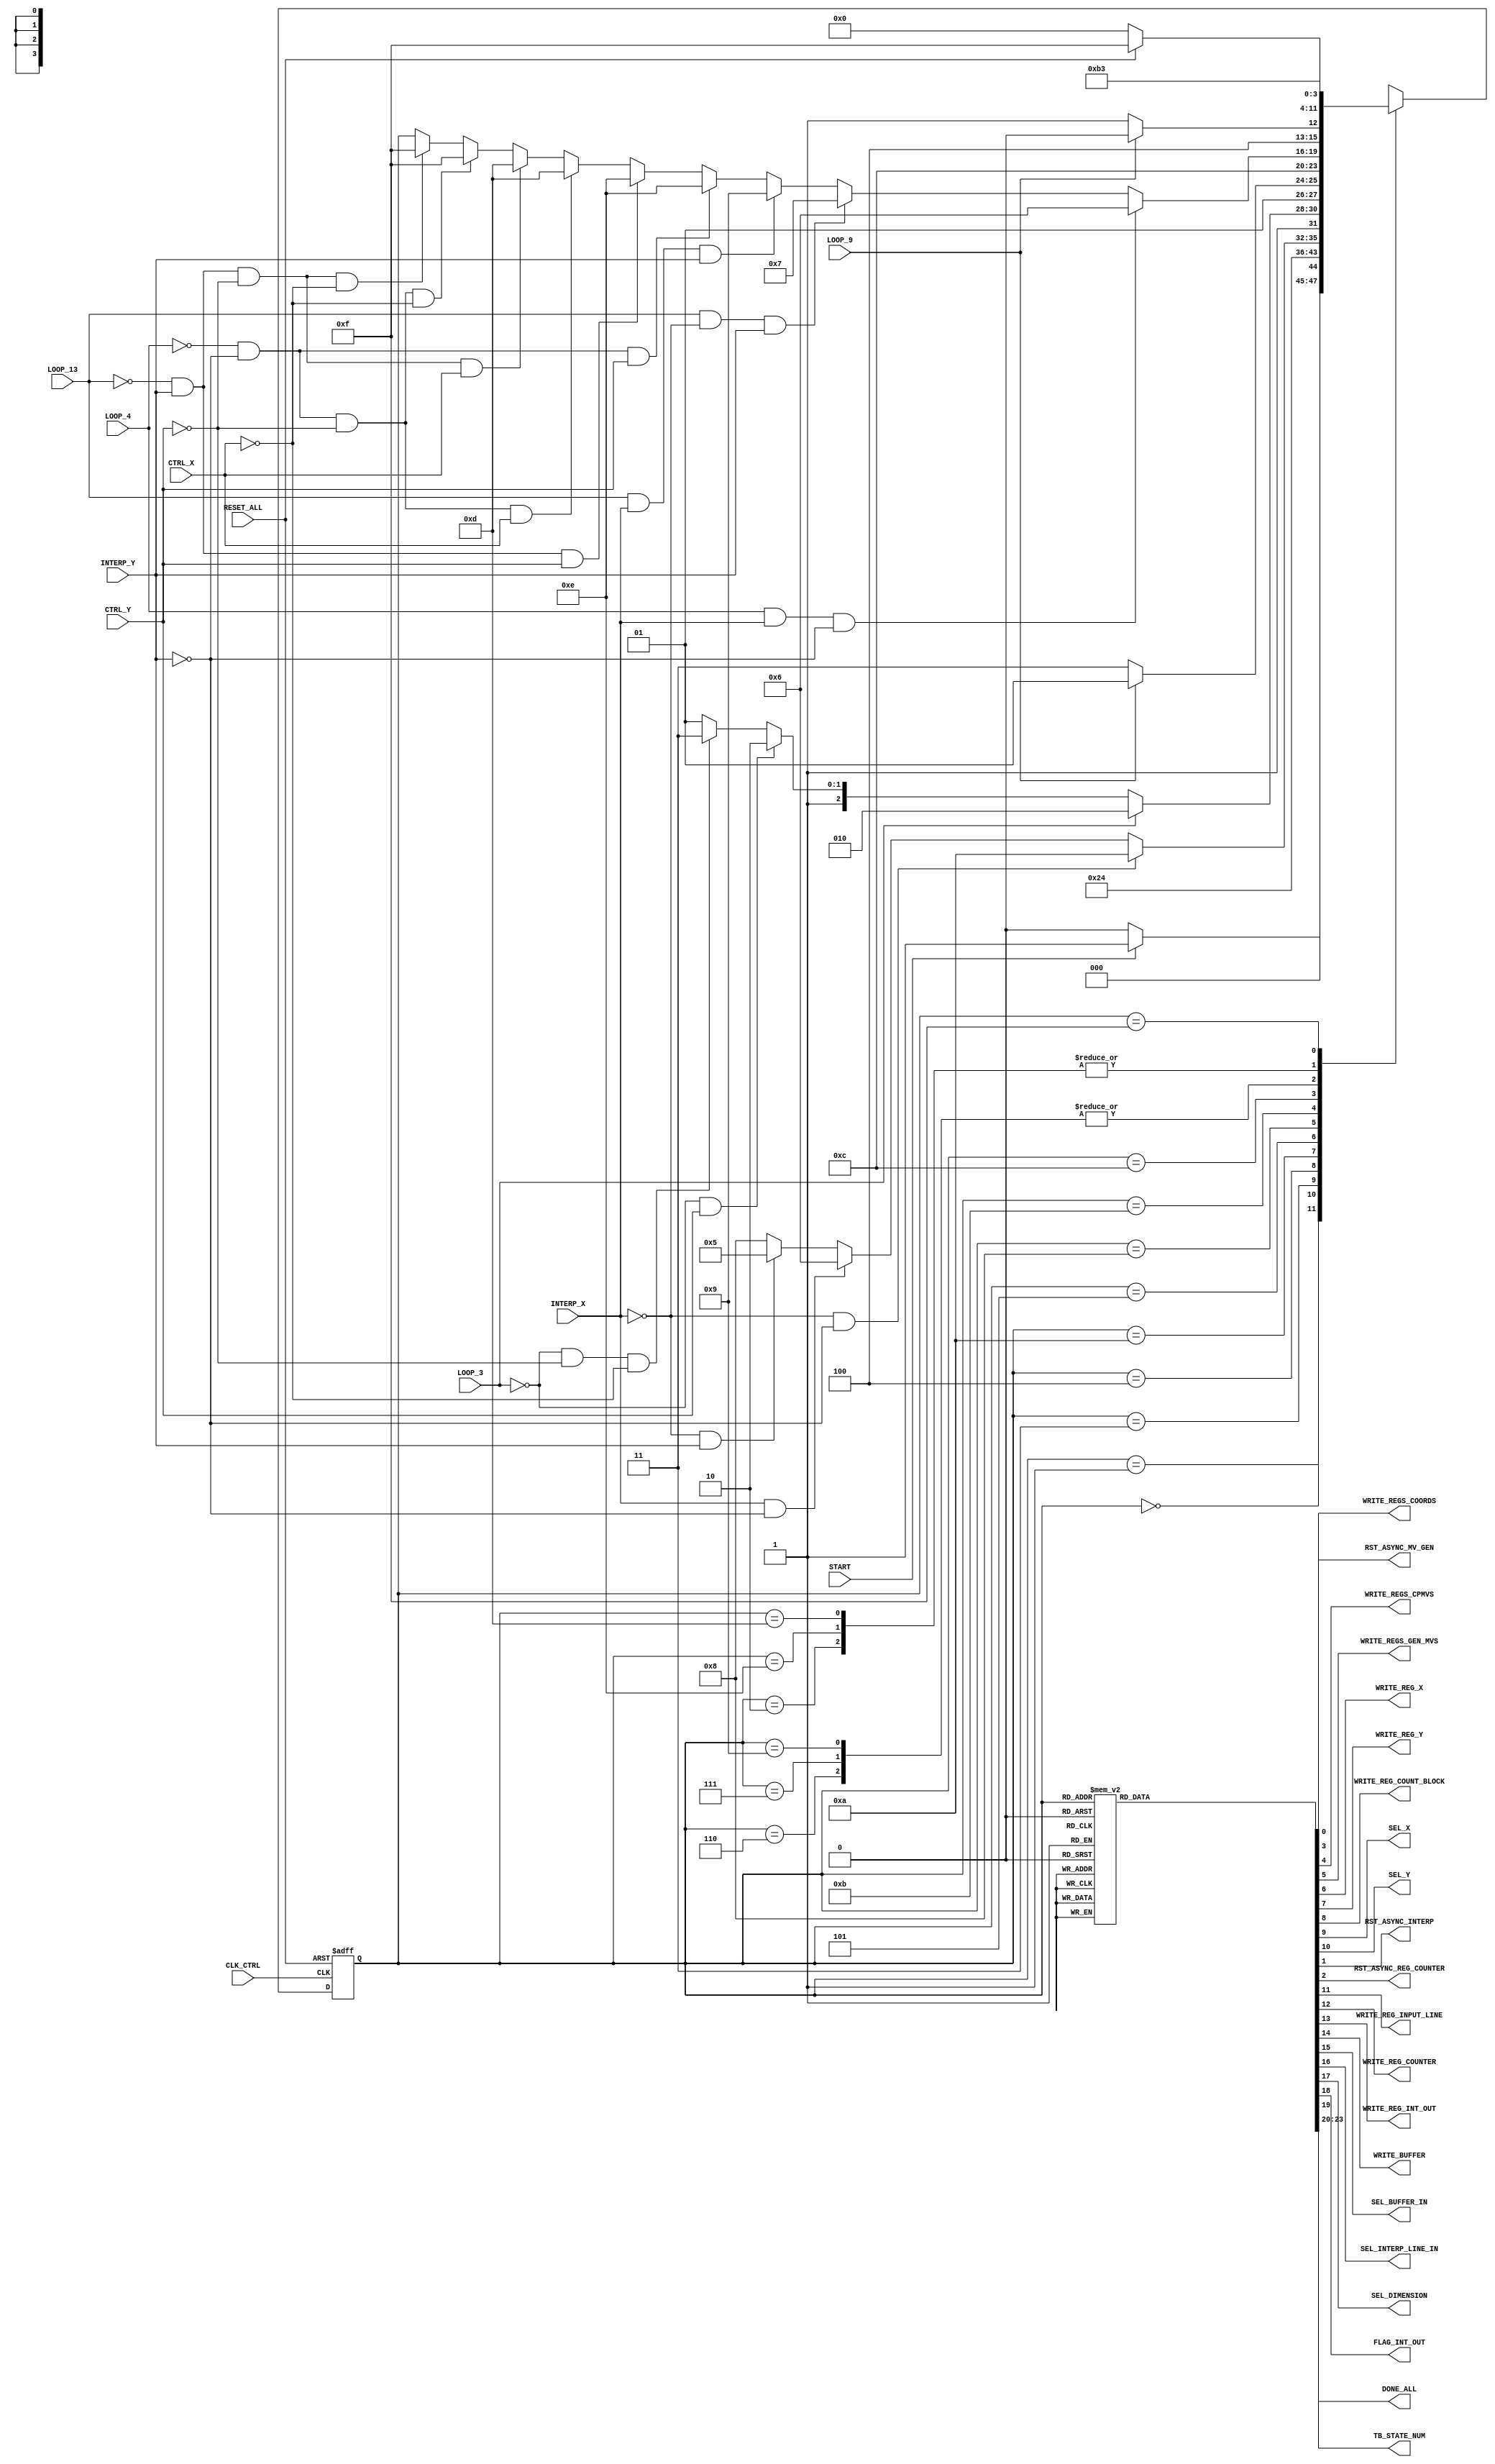
/*-----------------------------------------------------------------------------------
* Date generated: 25/03/2023
* Date modified: 15/05/2023
* Description: FSM. 
*----------------------------------------------------------------------------------- */

module control_2 (
	// External input
	input CLK_CTRL,
	input RESET_ALL,
	input START,
	
	// MV Gen input
	input INTERP_X, 
	input INTERP_Y,
	input CTRL_X, 
	input CTRL_Y,
	
	// Interpolator input
	input LOOP_3,
   input LOOP_4,
   input LOOP_9,
   input LOOP_13,
	
	// MV Gen output
	output reg RST_ASYNC_MV_GEN,				// Set of reg resets: coord_X, coord_Y, X, Y, MV_0, MV_1, gen_MV_X, gen_MV_Y and count_block.
   output reg WRITE_REGS_COORDS,				// Enable writing to registers coord_X and coord_Y.
	output reg WRITE_REGS_CPMVS,				// Enable writing to registers MV_0 and MV_1.
   output reg WRITE_REGS_GEN_MVS,				// Enable writing to registers gen_MV_X and gen_MV_Y.
	output reg WRITE_REG_X,						// Enable writing for reg_X.
	output reg WRITE_REG_Y,						// Enable writing for reg_Y.
	output reg WRITE_REG_COUNT_BLOCK,			// Enable writing for reg_count_block.
	output reg SEL_X,								// Select: 0 - original X coord; 1: incremented X coord.
	output reg SEL_Y,								// Select: 0 - original X coord; 1: incremented X coord.
		
	// Interpolator output
	output reg RST_ASYNC_INTERP,				// Async reset for regs INPUT_LINE, INT_OUT and BUFFER.
	output reg RST_ASYNC_REG_COUNTER,
	output reg WRITE_REG_INPUT_LINE,
	output reg WRITE_REG_COUNTER,
	output reg WRITE_REG_INT_OUT,
	output reg WRITE_BUFFER,
	output reg SEL_BUFFER_IN,					// 0: 1st pass output; 1: OUT_REG_INPUT_LINE
	output reg SEL_INTERP_LINE_IN,			// 0: buffer; 1: OUT_REG_INPUT_LINE
	output reg SEL_DIMENSION,					// 0: Y; 1: X
	
	// External output
	output reg FLAG_INT_OUT,
	output reg DONE_ALL,
	output reg [3:0] TB_STATE_NUM
);


	
// ------------------------------------------
// Local parameters
// ------------------------------------------
   // State encodings
   localparam [3:0] S_IDLE         		= 4'b0000,
                    S_LOAD_MVGEN_IN  	= 4'b0001,
                    S_MVGEN_INIT 		= 4'b0010,
                    S_MVGEN_DONE  		= 4'b0011,
                    S_INT_DECISION 		= 4'b0100,
						  S_LOAD_BUFFER     	= 4'b0101,
                    S_INT_X       		= 4'b0110,
                    S_INT_Y       		= 4'b0111,
                    S_INT_XY_H      	= 4'b1000,
                    S_INT_XY_V      	= 4'b1001,
                    S_SKIP      			= 4'b1010,
                    S_LOOP1      		= 4'b1011,
                    S_LOOP2				= 4'b1100,
                    S_NEXT_LINE     	= 4'b1101,
                    S_NEXT_COLUMN     	= 4'b1110,
						  S_DONE 				= 4'b1111;
						  

 
// ------------------------------------------
// Signals
// ------------------------------------------    
    reg [3:0]  STATE; 
    reg [3:0]  NEXT_STATE; 
	 
//    reg RST_ASYNC_MV_GEN;
//    reg WRITE_REGS_COORDS;
//    reg WRITE_REGS_CPMVS;
//    reg WRITE_REGS_GEN_MVS;
//    reg WRITE_REG_X;
//    reg WRITE_REG_Y;
//    reg WRITE_REG_COUNT_BLOCK;
//    reg SEL_X;
//    reg SEL_Y;
//
//    reg RST_ASYNC_INTERP;
//    reg RST_ASYNC_REG_COUNTER;
//    reg WRITE_REG_INPUT_LINE;
//    reg WRITE_REG_COUNTER;
//    reg WRITE_REG_INT_OUT;
//    reg WRITE_BUFFER;
//    reg SEL_BUFFER_IN;
//    reg SEL_INTERP_LINE_IN;
//    reg SEL_DIMENSION;
//
//    reg FLAG_INT_OUT;
//    reg DONE_ALL;
//	 reg [3:0] TB_STATE_NUM;
	 
	 
// ------------------------------------------
// Logic
// ------------------------------------------
    // Sequential procedure for state
    always @ (posedge CLK_CTRL, negedge RESET_ALL)
    begin 
        if (!RESET_ALL)
            STATE   <= S_IDLE;
        else
            STATE   <= NEXT_STATE;
    end

	 
	 
    // Combinational procedure for next state
    always @(*)
    begin
        NEXT_STATE = STATE;
        case (STATE)
            S_IDLE: begin      
					if (START == 1'b1) begin
						NEXT_STATE = S_LOAD_MVGEN_IN;
					end
					else begin 
						NEXT_STATE = S_IDLE;
					end
				end				 
	
            S_LOAD_MVGEN_IN: begin
					NEXT_STATE = S_MVGEN_INIT;
				end
					
            S_MVGEN_INIT: begin
					NEXT_STATE = S_MVGEN_DONE;
				end
					
            S_MVGEN_DONE: begin
					NEXT_STATE = S_INT_DECISION;
				end
					
            S_INT_DECISION: begin
					if (INTERP_X == 1'b0 && INTERP_Y == 1'b0) begin
						NEXT_STATE = S_SKIP;
               end
					else if (INTERP_X == 1'b1 && INTERP_Y == 1'b0) begin
						NEXT_STATE = S_INT_X;
               end
					else if (INTERP_X == 1'b0 && INTERP_Y == 1'b1) begin
						NEXT_STATE = S_LOAD_BUFFER;
               end
					else begin
						NEXT_STATE = S_INT_XY_H;
               end
				end
            
				S_SKIP: begin
					if (LOOP_3 == 1'b1) begin
						NEXT_STATE = S_SKIP;
					end
					else if (LOOP_3 == 1'b0 && CTRL_Y == 1'b1) begin
						NEXT_STATE = S_NEXT_COLUMN;
					end
					else if (LOOP_3 == 1'b0 && CTRL_Y == 1'b0 && CTRL_X == 1'b0) begin
						NEXT_STATE = S_DONE;
					end
					else begin
						NEXT_STATE = S_NEXT_LINE;
					end
				end
				
				S_INT_X: begin
					NEXT_STATE = S_LOOP1;
				end
				
				S_LOAD_BUFFER: begin
					if (LOOP_9 == 1'b1) begin
						NEXT_STATE = S_LOAD_BUFFER;
					end
					else begin
						NEXT_STATE = S_INT_Y;
					end
				end
				
				S_INT_Y: begin
					NEXT_STATE = S_LOOP1;
				end
				
				S_INT_XY_H: begin
					NEXT_STATE = S_LOOP2;
				end
				
				S_LOOP1: begin
					if (LOOP_4 == 1'b1 && INTERP_X == 1'b1 && INTERP_Y == 1'b0) begin
						NEXT_STATE = S_INT_X;
					end
					else if (LOOP_13 == 1'b1 && INTERP_X == 1'b0 && INTERP_Y == 1'b1) begin
						NEXT_STATE = S_INT_Y;
					end
					else if (LOOP_13 == 1'b1 && INTERP_X == 1'b1 && INTERP_Y == 1'b1) begin
						NEXT_STATE = S_INT_XY_V;
					end
					else if (LOOP_4 == 1'b0 && INTERP_Y == 1'b0 && CTRL_Y == 1'b1) begin 
						NEXT_STATE = S_NEXT_COLUMN;
					end
					else if (LOOP_13 == 1'b0 && INTERP_Y == 1'b1 && CTRL_Y == 1'b1) begin 
						NEXT_STATE = S_NEXT_COLUMN;
					end
					else if (LOOP_4 == 1'b0 && INTERP_Y == 1'b0 && CTRL_Y == 1'b0 && CTRL_X == 1'b1) begin 
						NEXT_STATE = S_NEXT_LINE;
					end
					else if (LOOP_13 == 1'b0 && INTERP_Y == 1'b1 && CTRL_Y == 1'b0 && CTRL_X == 1'b1) begin 
						NEXT_STATE = S_NEXT_LINE;
					end
					else if (LOOP_4 == 1'b0 && INTERP_Y == 1'b0 && CTRL_Y == 1'b0 && CTRL_X == 1'b0) begin 
						NEXT_STATE = S_DONE;
					end
					else if (LOOP_13 == 1'b0 && INTERP_Y == 1'b1 && CTRL_Y == 1'b0 && CTRL_X == 1'b0) begin 
						NEXT_STATE = S_DONE;
					end
				end
				
				S_LOOP2: begin 
					if (LOOP_9 == 1'b1) begin
						NEXT_STATE = S_INT_XY_H;
					end
					else begin
						NEXT_STATE = S_INT_XY_V;
					end
				end 
				
				S_INT_XY_V: begin
					NEXT_STATE = S_LOOP1;
				end 
				
				S_NEXT_COLUMN: begin 
					NEXT_STATE = S_MVGEN_DONE;
				end 
				
				S_NEXT_LINE: begin 
					NEXT_STATE = S_MVGEN_DONE;
				end 
				
				S_DONE: begin 
					if (RESET_ALL == 1'b1) begin 
						NEXT_STATE = S_DONE;
					end
					else begin 
						NEXT_STATE = S_IDLE; 
					end 
				end 
				
        endcase
    end


	 
	 
    // Combinational procedure for next outputs
	     always @(*) begin	
			case (STATE)
				S_IDLE: begin 
					RST_ASYNC_MV_GEN = 1'b0;				
					RST_ASYNC_INTERP = 1'b0;
					RST_ASYNC_REG_COUNTER = 1'b0;
					
					WRITE_REGS_COORDS = 1'b0;
					WRITE_REGS_CPMVS = 1'b0;
					WRITE_REGS_GEN_MVS = 1'b0;
					WRITE_REG_X = 1'b0;
					WRITE_REG_Y = 1'b0;
					WRITE_REG_COUNT_BLOCK = 1'b0;
					SEL_X = 1'b0;
					SEL_Y = 1'b0;
					WRITE_REG_INPUT_LINE = 1'b0;
					WRITE_REG_COUNTER = 1'b0;
					WRITE_REG_INT_OUT = 1'b0;
					WRITE_BUFFER = 1'b0;
					SEL_BUFFER_IN = 1'b0;
					SEL_INTERP_LINE_IN = 1'b0;
					SEL_DIMENSION = 1'b0;
					FLAG_INT_OUT = 1'b0;
					DONE_ALL = 1'b0;
					
					TB_STATE_NUM = 4'b0000;
				end 
				
				S_LOAD_MVGEN_IN: begin 
					WRITE_REGS_COORDS = 1'b1;				

					RST_ASYNC_MV_GEN = 1'b1;
					WRITE_REGS_CPMVS = 1'b0;
					WRITE_REGS_GEN_MVS = 1'b0;
					WRITE_REG_X = 1'b0;
					WRITE_REG_Y = 1'b0;
					WRITE_REG_COUNT_BLOCK = 1'b0;
					SEL_X = 1'b0;
					SEL_Y = 1'b0;
					RST_ASYNC_INTERP = 1'b1;
					RST_ASYNC_REG_COUNTER = 1'b1;
					WRITE_REG_INPUT_LINE = 1'b0;
					WRITE_REG_COUNTER = 1'b0;
					WRITE_REG_INT_OUT = 1'b0;
					WRITE_BUFFER = 1'b0;
					SEL_BUFFER_IN = 1'b0;
					SEL_INTERP_LINE_IN = 1'b0;
					SEL_DIMENSION = 1'b0;
					FLAG_INT_OUT = 1'b0;
					DONE_ALL = 1'b0;
					
					TB_STATE_NUM = 4'b0001;
				end
				
				S_MVGEN_INIT: begin 
					WRITE_REGS_COORDS = 1'b0;
					WRITE_REGS_CPMVS = 1'b1;
					WRITE_REG_X = 1'b1;
					WRITE_REG_Y = 1'b1;
					SEL_X = 1'b0;
					SEL_Y = 1'b0;
					
					RST_ASYNC_MV_GEN = 1'b1;
					WRITE_REGS_GEN_MVS = 1'b0;
					WRITE_REG_COUNT_BLOCK = 1'b0;
					RST_ASYNC_INTERP = 1'b1;
					RST_ASYNC_REG_COUNTER = 1'b1;
					WRITE_REG_INPUT_LINE = 1'b0;
					WRITE_REG_COUNTER = 1'b0;
					WRITE_REG_INT_OUT = 1'b0;
					WRITE_BUFFER = 1'b0;
					SEL_BUFFER_IN = 1'b0;
					SEL_INTERP_LINE_IN = 1'b0;
					SEL_DIMENSION = 1'b0;
					FLAG_INT_OUT = 1'b0;
					DONE_ALL = 1'b0;
					
					TB_STATE_NUM = 4'b0010;
				end
				
				S_MVGEN_DONE: begin 
					WRITE_REGS_CPMVS = 1'b0;
					WRITE_REGS_GEN_MVS = 1'b1;
					WRITE_REG_X = 1'b0;
					WRITE_REG_Y = 1'b0;
					WRITE_REG_COUNT_BLOCK = 1'b0;
					RST_ASYNC_REG_COUNTER = 1'b1;
					
					RST_ASYNC_MV_GEN = 1'b1;
					WRITE_REGS_COORDS = 1'b0;
					SEL_X = 1'b0;
					SEL_Y = 1'b0;
					RST_ASYNC_INTERP = 1'b1;
					WRITE_REG_INPUT_LINE = 1'b0;
					WRITE_REG_COUNTER = 1'b0;
					WRITE_REG_INT_OUT = 1'b0;
					WRITE_BUFFER = 1'b0;
					SEL_BUFFER_IN = 1'b0;
					SEL_INTERP_LINE_IN = 1'b0;
					SEL_DIMENSION = 1'b0;
					FLAG_INT_OUT = 1'b0;
					DONE_ALL = 1'b0;
					
					TB_STATE_NUM = 4'b0011;
				end
				
				S_INT_DECISION: begin 
					WRITE_REGS_GEN_MVS = 1'b0;
					WRITE_REG_INPUT_LINE = 1'b1;
					
					RST_ASYNC_MV_GEN = 1'b1;
					WRITE_REGS_COORDS = 1'b0;
					WRITE_REGS_CPMVS = 1'b0;
					WRITE_REG_X = 1'b0;
					WRITE_REG_Y = 1'b0;
					WRITE_REG_COUNT_BLOCK = 1'b0;
					SEL_X = 1'b0;
					SEL_Y = 1'b0;
					RST_ASYNC_INTERP = 1'b1;
					RST_ASYNC_REG_COUNTER = 1'b1;
					WRITE_REG_COUNTER = 1'b0;
					WRITE_REG_INT_OUT = 1'b0;
					WRITE_BUFFER = 1'b0;
					SEL_BUFFER_IN = 1'b0;
					SEL_INTERP_LINE_IN = 1'b0;
					SEL_DIMENSION = 1'b0;
					FLAG_INT_OUT = 1'b0;
					DONE_ALL = 1'b0;
					
					TB_STATE_NUM = 4'b0100;
				end
				
				S_LOAD_BUFFER: begin 
					WRITE_REG_INPUT_LINE = 1'b1;
					WRITE_REG_COUNTER = 1'b1;
					WRITE_BUFFER = 1'b1;
					SEL_BUFFER_IN = 1'b1;
					
					RST_ASYNC_MV_GEN = 1'b1;
					WRITE_REGS_COORDS = 1'b0;
					WRITE_REGS_CPMVS = 1'b0;
					WRITE_REGS_GEN_MVS = 1'b0;
					WRITE_REG_X = 1'b0;
					WRITE_REG_Y = 1'b0;
					WRITE_REG_COUNT_BLOCK = 1'b0;
					SEL_X = 1'b0;
					SEL_Y = 1'b0;
					RST_ASYNC_INTERP = 1'b1;
					RST_ASYNC_REG_COUNTER = 1'b1;
					WRITE_REG_INT_OUT = 1'b0;
					SEL_INTERP_LINE_IN = 1'b0;
					SEL_DIMENSION = 1'b0;
					FLAG_INT_OUT = 1'b0;
					DONE_ALL = 1'b0;
					
					TB_STATE_NUM = 4'b0101;
				end
				
				S_INT_X: begin 					
					WRITE_REG_INPUT_LINE = 1'b1;
					WRITE_REG_COUNTER = 1'b1;
					WRITE_REG_INT_OUT = 1'b1;	// AQUI
					SEL_INTERP_LINE_IN = 1'b1;
					SEL_DIMENSION = 1'b1;
					FLAG_INT_OUT = 1'b0;
					
					RST_ASYNC_MV_GEN = 1'b1;
					WRITE_REGS_COORDS = 1'b0;
					WRITE_REGS_CPMVS = 1'b0;
					WRITE_REGS_GEN_MVS = 1'b0;
					WRITE_REG_X = 1'b0;
					WRITE_REG_Y = 1'b0;
					WRITE_REG_COUNT_BLOCK = 1'b0;
					SEL_X = 1'b0;
					SEL_Y = 1'b0;
					RST_ASYNC_INTERP = 1'b1;
					RST_ASYNC_REG_COUNTER = 1'b1;
					WRITE_BUFFER = 1'b0;
					SEL_BUFFER_IN = 1'b0;
					FLAG_INT_OUT = 1'b0;
					DONE_ALL = 1'b0;
					
					TB_STATE_NUM = 4'b0110;
				end
				
				S_INT_Y: begin 
					WRITE_REG_INPUT_LINE = 1'b0;
					WRITE_REG_COUNTER = 1'b1;
					WRITE_REG_INT_OUT = 1'b1;	// AQUI
					WRITE_BUFFER = 1'b0;
					SEL_INTERP_LINE_IN = 1'b0;
					SEL_DIMENSION = 1'b0;
					FLAG_INT_OUT = 1'b0;
					
					RST_ASYNC_MV_GEN = 1'b1;
					WRITE_REGS_COORDS = 1'b0;
					WRITE_REGS_CPMVS = 1'b0;
					WRITE_REGS_GEN_MVS = 1'b0;
					WRITE_REG_X = 1'b0;
					WRITE_REG_Y = 1'b0;
					WRITE_REG_COUNT_BLOCK = 1'b0;
					SEL_X = 1'b0;
					SEL_Y = 1'b0;
					RST_ASYNC_INTERP = 1'b1;
					RST_ASYNC_REG_COUNTER = 1'b1;
					SEL_BUFFER_IN = 1'b0;
					DONE_ALL = 1'b0;
					
					TB_STATE_NUM = 4'b0111;
				end
				
				S_INT_XY_H: begin 
					WRITE_REG_INPUT_LINE = 1'b1;
					WRITE_REG_COUNTER = 1'b1;
					WRITE_BUFFER = 1'b1;
					SEL_INTERP_LINE_IN = 1'b1;
					SEL_DIMENSION = 1'b1;
					
					RST_ASYNC_MV_GEN = 1'b1;
					WRITE_REGS_COORDS = 1'b0;
					WRITE_REGS_CPMVS = 1'b0;
					WRITE_REGS_GEN_MVS = 1'b0;
					WRITE_REG_X = 1'b0;
					WRITE_REG_Y = 1'b0;
					WRITE_REG_COUNT_BLOCK = 1'b0;
					SEL_X = 1'b0;
					SEL_Y = 1'b0;
					RST_ASYNC_INTERP = 1'b1;
					RST_ASYNC_REG_COUNTER = 1'b1;
					WRITE_REG_INT_OUT = 1'b0;
					SEL_BUFFER_IN = 1'b0;
					FLAG_INT_OUT = 1'b0;
					DONE_ALL = 1'b0;
					
					TB_STATE_NUM = 4'b1000;
				end
				
				S_INT_XY_V: begin 
					WRITE_REG_COUNTER = 1'b1;
					WRITE_REG_INT_OUT = 1'b1;	// AQUI
					WRITE_BUFFER = 1'b0;
					SEL_INTERP_LINE_IN = 1'b0;
					SEL_DIMENSION = 1'b0;
					FLAG_INT_OUT = 1'b0;
					
					RST_ASYNC_MV_GEN = 1'b1;
					WRITE_REGS_COORDS = 1'b0;
					WRITE_REGS_CPMVS = 1'b0;
					WRITE_REGS_GEN_MVS = 1'b0;
					WRITE_REG_X = 1'b0;
					WRITE_REG_Y = 1'b0;
					WRITE_REG_COUNT_BLOCK = 1'b0;
					SEL_X = 1'b0;
					SEL_Y = 1'b0;
					RST_ASYNC_INTERP = 1'b1;
					RST_ASYNC_REG_COUNTER = 1'b1;
					WRITE_REG_INPUT_LINE = 1'b0;
					SEL_BUFFER_IN = 1'b0;
					DONE_ALL = 1'b0;
					
					TB_STATE_NUM = 4'b1001;
				end
				
				S_SKIP: begin 
					WRITE_REG_INPUT_LINE = 1'b1;
					WRITE_REG_COUNTER = 1'b1;
					WRITE_REG_INT_OUT = 1'b1;
					SEL_BUFFER_IN = 1'b1;
					FLAG_INT_OUT = 1'b1;
					
					RST_ASYNC_MV_GEN = 1'b1;
					WRITE_REGS_COORDS = 1'b0;
					WRITE_REGS_CPMVS = 1'b0;
					WRITE_REGS_GEN_MVS = 1'b0;
					WRITE_REG_X = 1'b0;
					WRITE_REG_Y = 1'b0;
					WRITE_REG_COUNT_BLOCK = 1'b0;
					SEL_X = 1'b0;
					SEL_Y = 1'b0;
					RST_ASYNC_INTERP = 1'b1;
					RST_ASYNC_REG_COUNTER = 1'b1;
					WRITE_BUFFER = 1'b0;
					SEL_INTERP_LINE_IN = 1'b0;
					SEL_DIMENSION = 1'b0;
					DONE_ALL = 1'b0;
					
					TB_STATE_NUM = 4'b1010;
				end	
				
				S_LOOP1: begin 
					WRITE_REG_INPUT_LINE = 1'b0;
					WRITE_REG_COUNTER = 1'b0;
					WRITE_REG_INT_OUT = 1'b0;	// AQUI
					SEL_BUFFER_IN = 1'b0;
					FLAG_INT_OUT = 1'b1;
					
					RST_ASYNC_MV_GEN = 1'b1;
					WRITE_REGS_COORDS = 1'b0;
					WRITE_REGS_CPMVS = 1'b0;
					WRITE_REGS_GEN_MVS = 1'b0;
					WRITE_REG_X = 1'b0;
					WRITE_REG_Y = 1'b0;
					WRITE_REG_COUNT_BLOCK = 1'b0;
					SEL_X = 1'b0;
					SEL_Y = 1'b0;
					RST_ASYNC_INTERP = 1'b1;
					RST_ASYNC_REG_COUNTER = 1'b1;
					WRITE_BUFFER = 1'b0;
					SEL_INTERP_LINE_IN = 1'b0;
					SEL_DIMENSION = 1'b0;
					DONE_ALL = 1'b0;
					
					TB_STATE_NUM = 4'b1011;
				end
				
				S_LOOP2: begin 
					WRITE_REG_INPUT_LINE = 1'b0;
					WRITE_REG_COUNTER = 1'b0;	
					WRITE_BUFFER = 1'b0;
					SEL_BUFFER_IN = 1'b0;
					SEL_DIMENSION = 1'b1;
					
					RST_ASYNC_MV_GEN = 1'b1;
					WRITE_REGS_COORDS = 1'b0;
					WRITE_REGS_CPMVS = 1'b0;
					WRITE_REGS_GEN_MVS = 1'b0;
					WRITE_REG_X = 1'b0;
					WRITE_REG_Y = 1'b0;
					WRITE_REG_COUNT_BLOCK = 1'b0;
					SEL_X = 1'b0;
					SEL_Y = 1'b0;
					RST_ASYNC_INTERP = 1'b1;
					RST_ASYNC_REG_COUNTER = 1'b1;
					WRITE_REG_INT_OUT = 1'b0;
					SEL_INTERP_LINE_IN = 1'b0;
					DONE_ALL = 1'b0;
					FLAG_INT_OUT = 1'b0;
					
					TB_STATE_NUM = 4'b1100;
				end
				
				S_NEXT_LINE: begin 
					WRITE_REG_X = 1'b1;
					WRITE_REG_Y = 1'b1;
					WRITE_REG_COUNT_BLOCK = 1'b1;
					SEL_X = 1'b1;
					SEL_Y = 1'b0;
					RST_ASYNC_REG_COUNTER = 1'b0;
					WRITE_REG_INT_OUT = 1'b0;
					FLAG_INT_OUT = 1'b0;
					
					RST_ASYNC_MV_GEN = 1'b1;
					WRITE_REGS_COORDS = 1'b0;
					WRITE_REGS_CPMVS = 1'b0;
					WRITE_REGS_GEN_MVS = 1'b0;
					RST_ASYNC_INTERP = 1'b1;
					WRITE_REG_INPUT_LINE = 1'b0;
					WRITE_REG_COUNTER = 1'b0;
					WRITE_BUFFER = 1'b0;
					SEL_BUFFER_IN = 1'b0;
					SEL_INTERP_LINE_IN = 1'b0;
					SEL_DIMENSION = 1'b0;
					DONE_ALL = 1'b0;
					
					TB_STATE_NUM = 4'b1101;
				end
				
				S_NEXT_COLUMN: begin 
					WRITE_REG_Y = 1'b1;
					WRITE_REG_COUNT_BLOCK = 1'b1;
					SEL_Y = 1'b1;
					RST_ASYNC_REG_COUNTER = 1'b0;
					WRITE_REG_INT_OUT = 1'b0;
					FLAG_INT_OUT = 1'b0;
					
					RST_ASYNC_MV_GEN = 1'b1;
					WRITE_REGS_COORDS = 1'b0;
					WRITE_REGS_CPMVS = 1'b0;
					WRITE_REGS_GEN_MVS = 1'b0;
					WRITE_REG_X = 1'b0;
					SEL_X = 1'b0;
					RST_ASYNC_INTERP = 1'b1;
					WRITE_REG_INPUT_LINE = 1'b0;
					WRITE_REG_COUNTER = 1'b0;
					WRITE_BUFFER = 1'b0;
					SEL_BUFFER_IN = 1'b0;
					SEL_INTERP_LINE_IN = 1'b0;
					SEL_DIMENSION = 1'b0;
					DONE_ALL = 1'b0;
					
					TB_STATE_NUM = 4'b1110;
				end
				
				S_DONE: begin 
					WRITE_REG_INPUT_LINE = 1'b0;
					WRITE_REG_COUNTER = 1'b0;
					WRITE_REG_INT_OUT = 1'b0;
					FLAG_INT_OUT = 1'b0;
					DONE_ALL = 1'b1;
					
					RST_ASYNC_MV_GEN = 1'b1;
					WRITE_REGS_COORDS = 1'b0;
					WRITE_REGS_CPMVS = 1'b0;
					WRITE_REGS_GEN_MVS = 1'b0;
					WRITE_REG_X = 1'b0;
					WRITE_REG_Y = 1'b0;
					WRITE_REG_COUNT_BLOCK = 1'b0;
					SEL_X = 1'b0;
					SEL_Y = 1'b0;
					RST_ASYNC_INTERP = 1'b1;
					RST_ASYNC_REG_COUNTER = 1'b1;
					WRITE_BUFFER = 1'b0;
					SEL_BUFFER_IN = 1'b0;
					SEL_INTERP_LINE_IN = 1'b0;
					SEL_DIMENSION = 1'b0;
					
					TB_STATE_NUM = 4'b1111;
				end			
				
        endcase
    end
	 
	 
	 
    // Sequential procedure for outputs to memory wrapper
//    always @ (posedge CLK_CTRL, negedge RESET_ALL)
//    begin 
//        if (!RESET_ALL)
//        begin
//					RST_ASYNC_MV_GEN 			<= 1'b0;
//					WRITE_REGS_COORDS 		<= 1'b0;
//					WRITE_REGS_CPMVS 			<= 1'b0;
//					WRITE_REGS_GEN_MVS 		<= 1'b0;
//					WRITE_REG_X 				<= 1'b0;
//					WRITE_REG_Y 				<= 1'b0;
//					WRITE_REG_COUNT_BLOCK 	<= 1'b0;
//					RST_ASYNC_INTERP 			<= 1'b0;
//					RST_ASYNC_REG_COUNTER 	<= 1'b0;
//					WRITE_REG_INPUT_LINE 	<= 1'b0;
//					WRITE_REG_COUNTER 		<= 1'b0;
//					WRITE_REG_INT_OUT 		<= 1'b0;
//					WRITE_BUFFER 				<= 1'b0;
//					FLAG_INT_OUT 				<= 1'b0;
//					DONE_ALL 					<= 1'b0;
//					
//					TB_STATE_NUM				<= 4'b0000;
//        end
//        else begin
//					RST_ASYNC_MV_GEN				<= NEXT_RST_ASYNC_MV_GEN;
//					WRITE_REGS_COORDS				<= NEXT_WRITE_REGS_COORDS;
//					WRITE_REGS_CPMVS				<= NEXT_WRITE_REGS_CPMVS;
//					WRITE_REGS_GEN_MVS			<= NEXT_WRITE_REGS_GEN_MVS;
//					WRITE_REG_X						<= NEXT_WRITE_REG_X;
//					WRITE_REG_Y						<= NEXT_WRITE_REG_Y;
//					WRITE_REG_COUNT_BLOCK		<= NEXT_WRITE_REG_COUNT_BLOCK;
//					SEL_X								<= NEXT_SEL_X;
//					SEL_Y								<= NEXT_SEL_Y;
//
//					RST_ASYNC_INTERP				<= NEXT_RST_ASYNC_INTERP;
//					RST_ASYNC_REG_COUNTER		<= NEXT_RST_ASYNC_REG_COUNTER;
//					WRITE_REG_INPUT_LINE			<= NEXT_WRITE_REG_INPUT_LINE;
//					WRITE_REG_COUNTER				<= NEXT_WRITE_REG_COUNTER;
//					WRITE_REG_INT_OUT				<= NEXT_WRITE_REG_INT_OUT;
//					WRITE_BUFFER					<= NEXT_WRITE_BUFFER;
//					SEL_BUFFER_IN					<= NEXT_SEL_BUFFER_IN;
//					SEL_INTERP_LINE_IN			<= NEXT_SEL_INTERP_LINE_IN;
//					SEL_DIMENSION					<= NEXT_SEL_DIMENSION;
//
//					FLAG_INT_OUT					<= NEXT_FLAG_INT_OUT;
//					DONE_ALL							<= NEXT_DONE_ALL;	
//					
//					TB_STATE_NUM					<= NEXT_TB_STATE_NUM;
//        end
//    end

										
endmodule // control_2